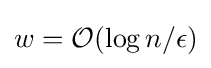
w={\mathcal {O}}(\log n/\epsilon )